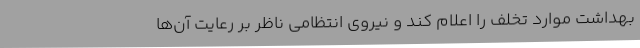
بهداشت موارد تخلف را اعلام کند و نیروی انتظامی ناظر بر رعایت آن‌ها